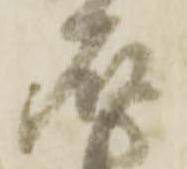
石